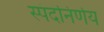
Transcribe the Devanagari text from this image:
स्पंदनिर्णय